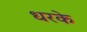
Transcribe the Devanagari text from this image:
धरके